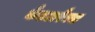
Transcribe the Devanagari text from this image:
कैटअरैक्स